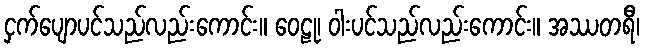
ငှက်ပျောပင်သည်လည်းကောင်း။ ဝေဠု၊ ဝါးပင်သည်လည်းကောင်း။ အဿတရီ၊